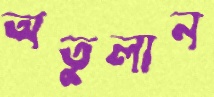
অতুলান